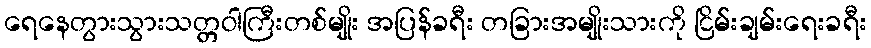
ရေနေတွားသွားသတ္တဝါကြီးတစ်မျိုး အပြန်ခရီး တခြားအမျိုးသားကို ငြိမ်းချမ်းရေးခရီး